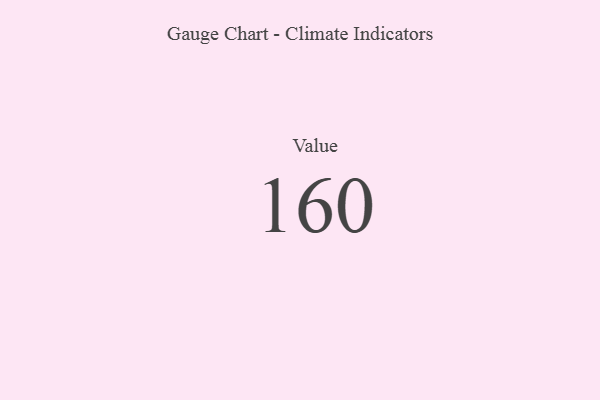
{"axis": {"x": "Metric", "y": "Value"}, "legend": [""], "data": [{"x": "Value", "y": 160, "type": ""}]}